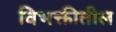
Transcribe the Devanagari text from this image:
विभक्तीतील